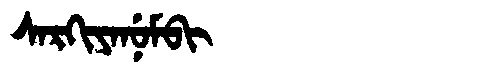
Manchu: ᠰᠠᡵᡴᡳᠶᠠᠨᡠᠮᠪᡳ
Romanization: SARKIYANUMBI